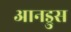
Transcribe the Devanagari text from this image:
आनड्रुस